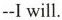
--Iwill.